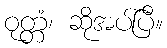
ဝုတ္တံ၊ ဆိုအပ်ပြီ။